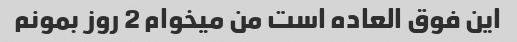
این فوق العاده است من میخوام 2 روز بمونم